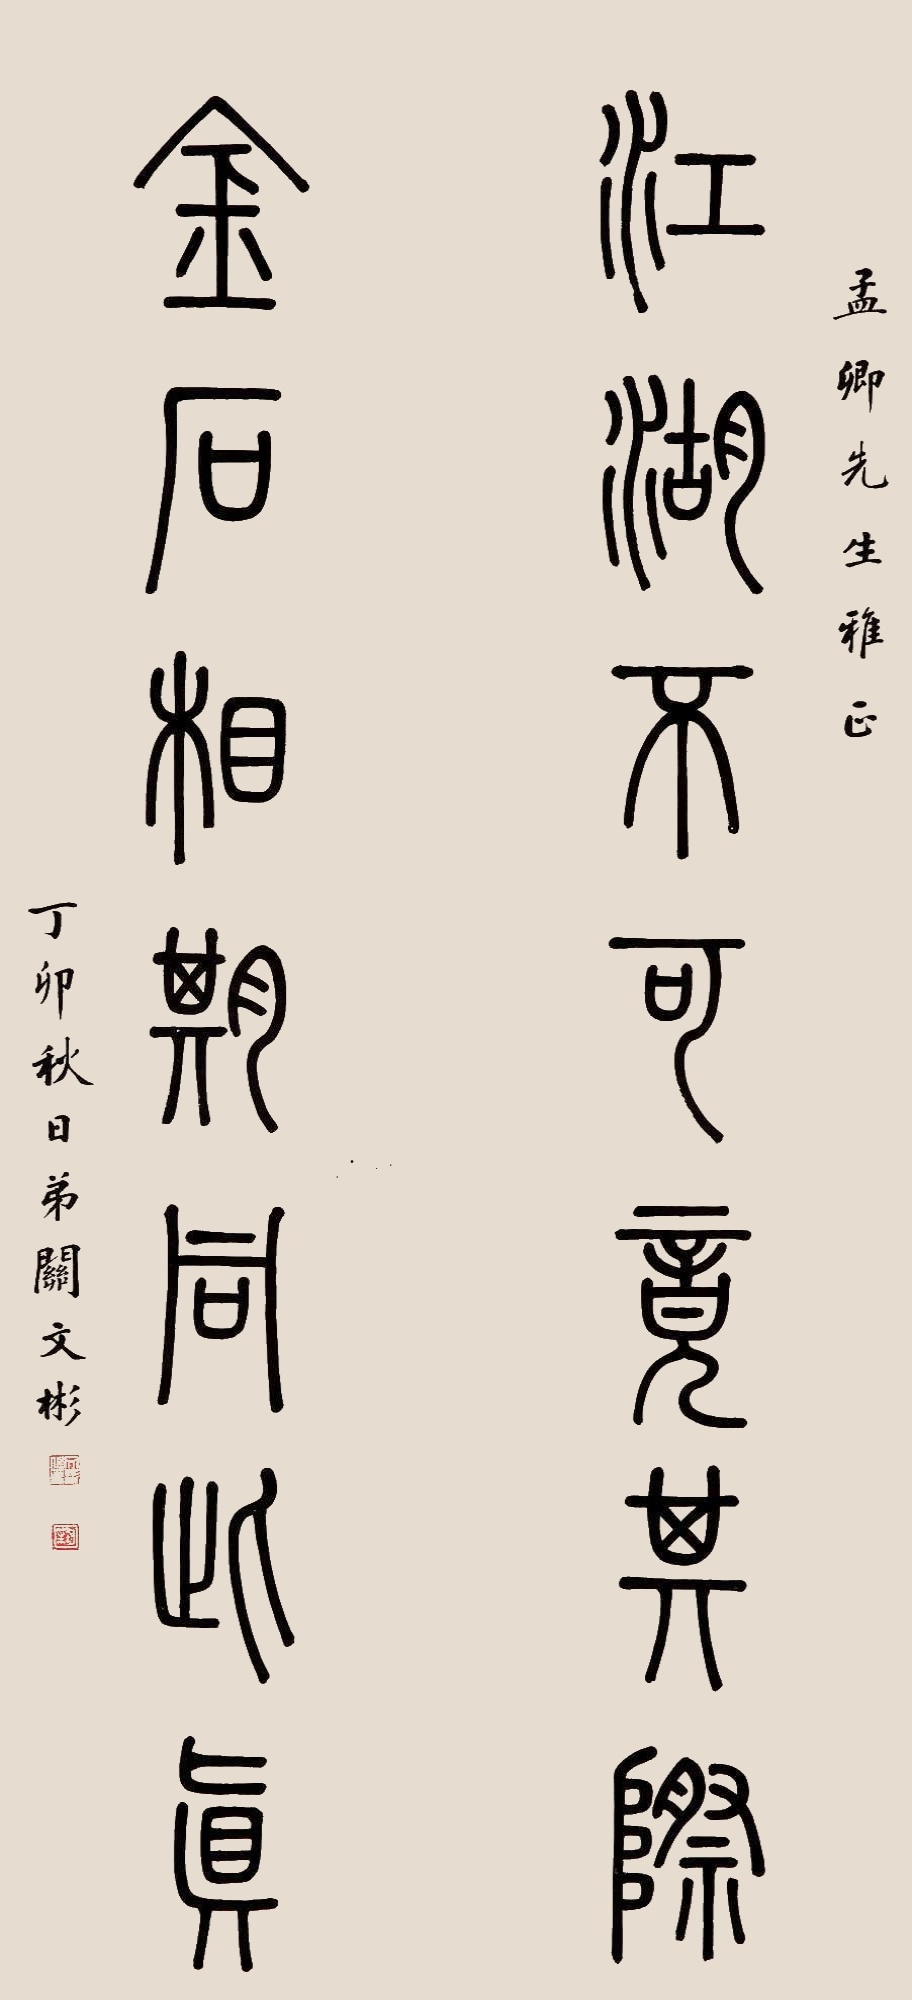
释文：江湖不可竟其际，金石相期同此真。孟卿先生雅正。丁卯秋日，弟关文彬。